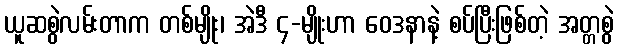
ယူဆစွဲလမ်းတာက တစ်မျိုး၊ အဲဒီ ၄-မျိုးဟာ ဝေဒနာနဲ့ စပ်ပြီးဖြစ်တဲ့ အတ္တစွဲ